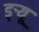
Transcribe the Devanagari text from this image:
ड्‌ऱ्यू